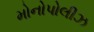
મોનોપોલીઝ